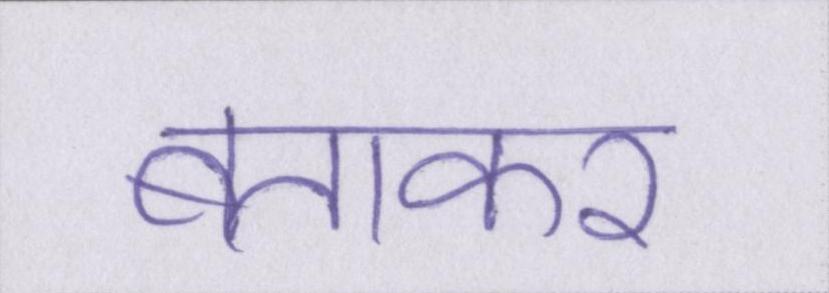
बताकर